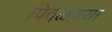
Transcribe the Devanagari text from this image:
पिवळाच्या